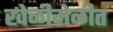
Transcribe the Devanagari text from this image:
खेळीमेळीत